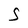
Character: 5